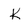
Character: k